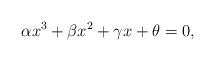
LaTeX: \begin{align*}\alpha x^{3}+\beta x^{2}+\gamma x+\theta =0,\end{align*}